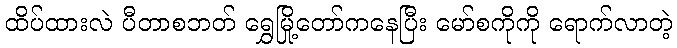
ထိပ်ထားလဲ ပီတာစဘတ် ရွှေမြို့တော်ကနေပြီး မော်စကိုကို ရောက်လာတဲ့